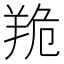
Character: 䍯